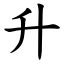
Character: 升